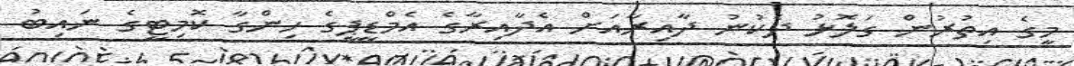
މީގެ އިތުރުން ގަލޮޅު ދެކުނު ދާއިރާއަށް އެދާއިރާގެ އެމްޑީޕީގެ ހިންގާ ކޮމިޓީގެ ނައިބު